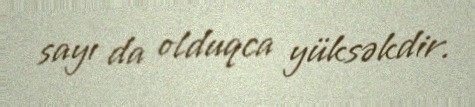
sayı da olduqca yüksəkdir.